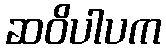
ဆဝိပါပက